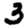
Digit: 3